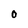
Character: 0